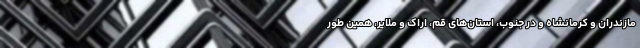
مازندران و کرمانشاه و در جنوب، استان‌های قم، اراک و ملایر، همین طور